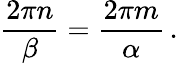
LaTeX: \frac{2\pi n}{\beta}=\frac{2\pi m}{\alpha}\, .